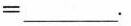
= ___$$.